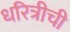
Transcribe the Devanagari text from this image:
धरित्रीची